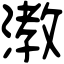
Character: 漖